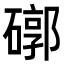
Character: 𥕖